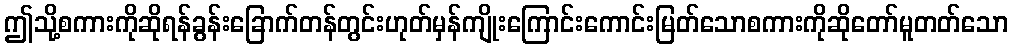
ဤသို့စကားကိုဆိုရန်ခွန်းခြောက်တန်တွင်းဟုတ်မှန်ကျိုးကြောင်းကောင်းမြတ်သောစကားကိုဆိုတော်မူတတ်သော